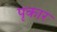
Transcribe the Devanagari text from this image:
पृकार